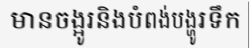
មានចង្អូរនិងបំពង់បង្ហូរទឹក